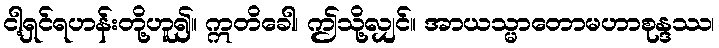
ငါ့ရှင်ရဟန်းတို့ဟူ၍။ ဣတိခေါ၊ ဤသို့လျှင်။ အာယသ္မာတောမဟာစုန္ဒဿ၊